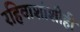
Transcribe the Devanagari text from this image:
रहिवाशांशीही